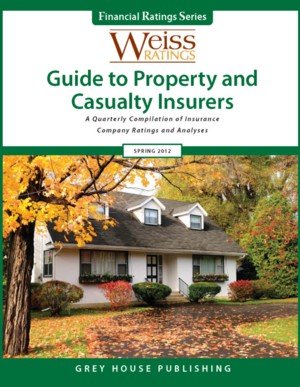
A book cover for Weiss Ratings' Guide to Property & Casualty Insures, Winter 2012/13 (Weiss Ratings Guide to Property & Casualty Insurers); Business & Money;